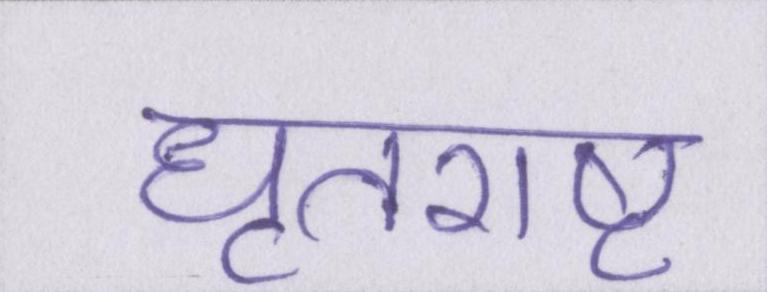
धृतराष्ट